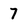
Character: 7